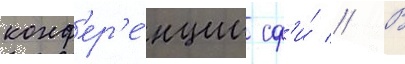
конф'ер'е́нции сф'и́ // В